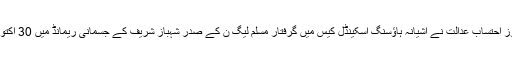
یاد رہے کہ گزشتہ روز احتساب عدالت نے آشیانہ ہاؤسنگ اسکینڈل کیس میں گرفتار مسلم لیگ ن کے صدر شہباز شریف کے جسمانی ریمانڈ میں 30 اکتوبر تک توسیع کی تھی۔